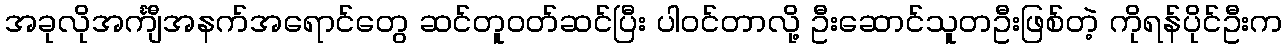
အခုလိုအင်္ကျီအနက်အရောင်တွေ ဆင်တူဝတ်ဆင်ပြီး ပါဝင်တာလို့ ဦးဆောင်သူတဦးဖြစ်တဲ့ ကိုရန်ပိုင်ဦးက